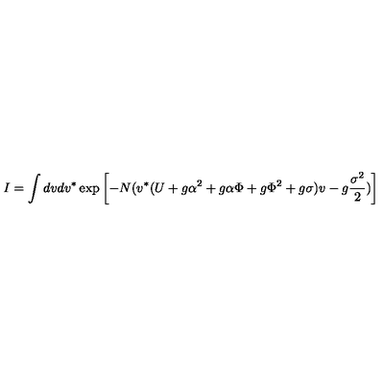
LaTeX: I = \int d v d v ^ { \ast } \exp \left[ - N ( v ^ { \ast } ( U + g \alpha ^ { 2 } + g \alpha \Phi + g \Phi ^ { 2 } + g \sigma ) v - g { \frac { \sigma ^ { 2 } } { 2 } } ) \right]